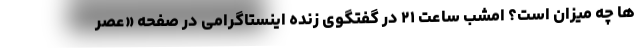
ها چه میزان است؟ امشب ساعت ۲۱ در گفتگوی زنده اینستاگرامی در صفحه «عصر